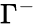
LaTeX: \Gamma^{-}